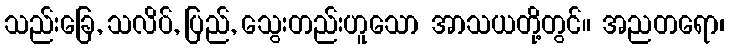
သည်းခြေ, သလိပ်, ပြည်, သွေးတည်းဟူသော အာသယတို့တွင်။ အညတရော၊